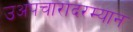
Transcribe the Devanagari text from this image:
उअपचारादरम्यान